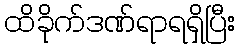
ထိခိုက်ဒဏ်ရာရရှိပြီး